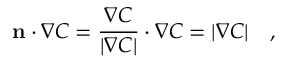
\displaystyle { \mathbf { n } \cdot \nabla C = \frac { \nabla C } { | \nabla C | } \cdot \nabla C = | \nabla C | } \quad ,